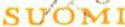
SUOMI